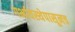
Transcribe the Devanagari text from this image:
गर्भावस्थेपासूनच